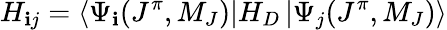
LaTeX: H_{\mathbf{i}j}=\left\langle\Psi_{\mathbf{i}}(J^{\pi},M_{J})\right|H_{D}\left|\Psi_{j}(J^{\pi},M_{J})\right\rangle